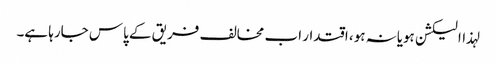
لہذاالیکشن ہویانہ ہو، اقتدار اب مخالف فریق کے پاس جارہا ہے۔